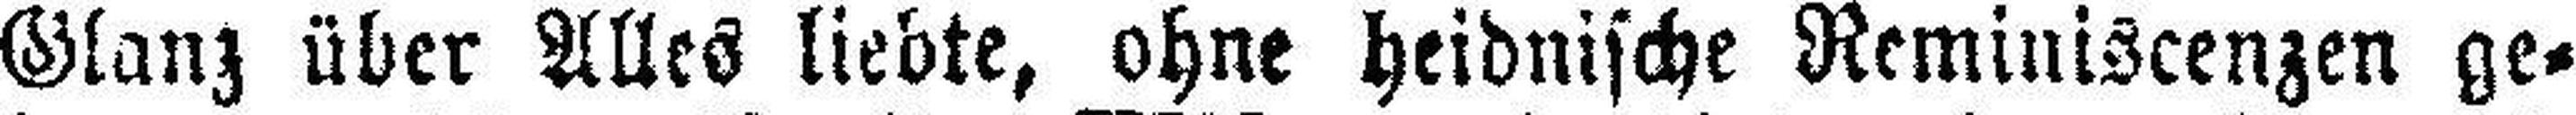
Glanz über Alles liebte, ohne heidnische Reminiscenzen ge¬